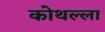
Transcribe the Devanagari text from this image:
कोथल्ला